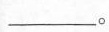
___。